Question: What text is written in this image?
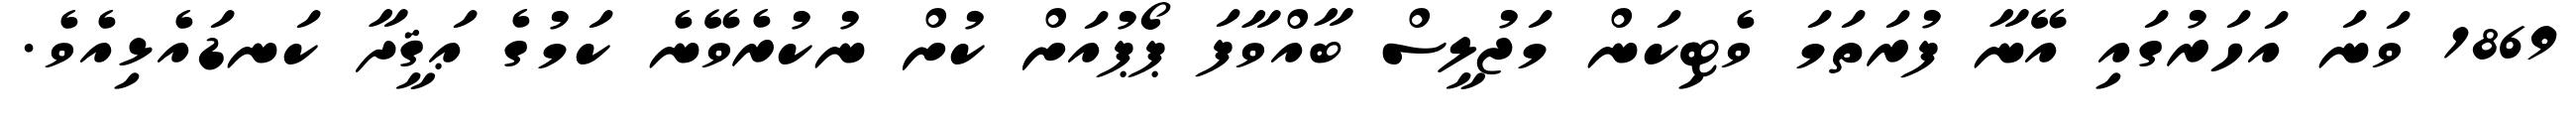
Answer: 1869 ވަނަ އަހަރުގައި އޭނާ ފުރަތަމަ ވެޓިކަން މަޖުލީސް ބާއްވާފަ ޕޯޕުއަށް ކުށް ނުކުރެވޭނެ ކަމުގެ ޢަޤީދާ ކަނޑައެޅިއެވެ.